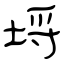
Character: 埒